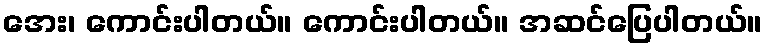
အေး၊ ကောင်းပါတယ်။ ကောင်းပါတယ်။ အဆင်ပြေပါတယ်။